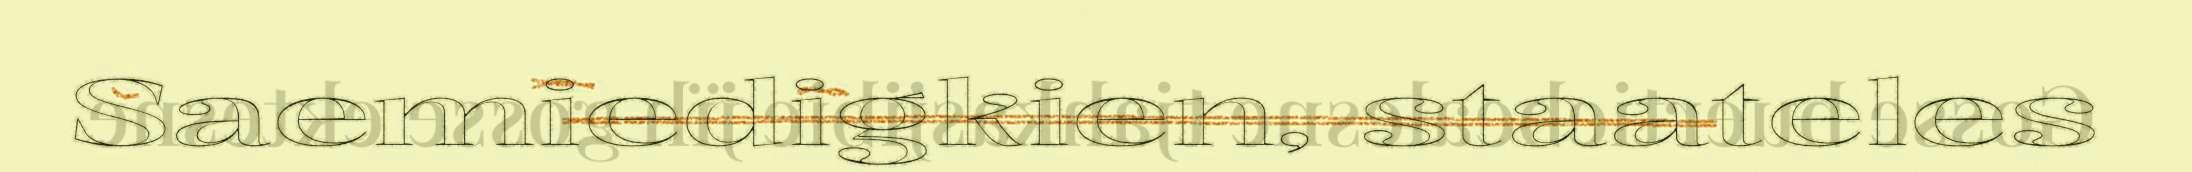
Saemiedigkien, staateles